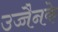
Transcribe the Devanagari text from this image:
उज्जैनके